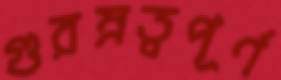
গুরম্নত্বপূর্ণ